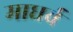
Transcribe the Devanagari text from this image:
माधर्व